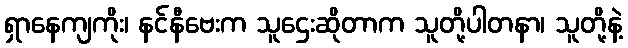
ရှာနေကျကိုး၊ နင်နီဗေးက သူဌေးဆိုတာက သူတို့ပါတနာ၊ သူတို့နဲ့